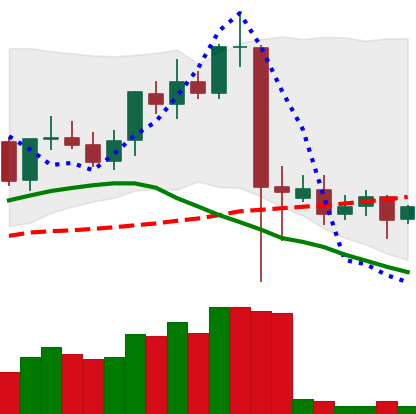
Ticker: ETC-USD
Chart end date: 2021-09-14
Forward return: -3.11%
Label: down_3_5